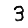
Digit: 3